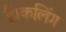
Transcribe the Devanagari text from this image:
है।कलिंग